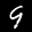
Label: 9